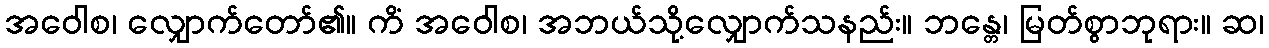
အဝေါစ၊ လျှောက်တော်၏။ ကိံ အဝေါစ၊ အဘယ်သို့လျှောက်သနည်း။ ဘန္တေ၊ မြတ်စွာဘုရား။ ဆ၊